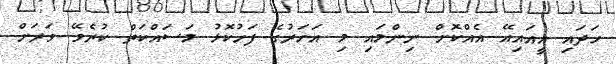
ހަދައި އީއައިއޭ އެއްކޮށް ނިންމައި މި އަހަރުގެ ފަހުކޮޅު މަސައްކަތް ކުރެވޭ ވަރަށް